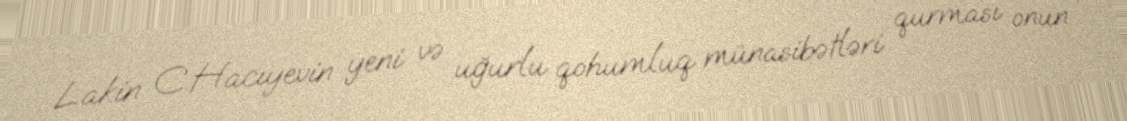
Lakin C.Hacıyevin yeni və uğurlu qohumluq münasibətləri qurması onun